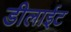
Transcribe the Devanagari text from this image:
डीलाईट